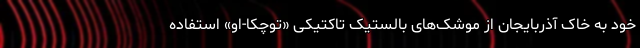
خود به خاک آذربایجان از موشک‌های بالستیک تاکتیکی «توچکا-او» استفاده